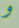
و